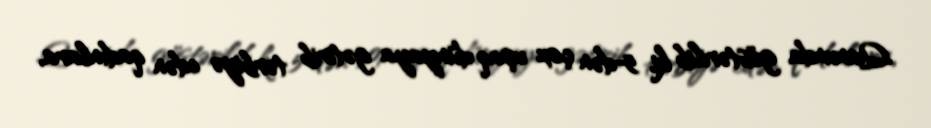
Qanunda göstərilib ki, 5-dən çox uşaq dünyaya gətirib tərbiyə edən qadınlara,